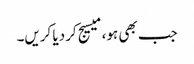
جب بھی ہو، میسیج کر دیا کریں۔